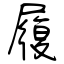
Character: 履